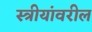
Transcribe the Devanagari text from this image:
स्त्रीयांवरील